Indian journal of veterinary science and animal husbandry - Volume 13,
Year: 1943
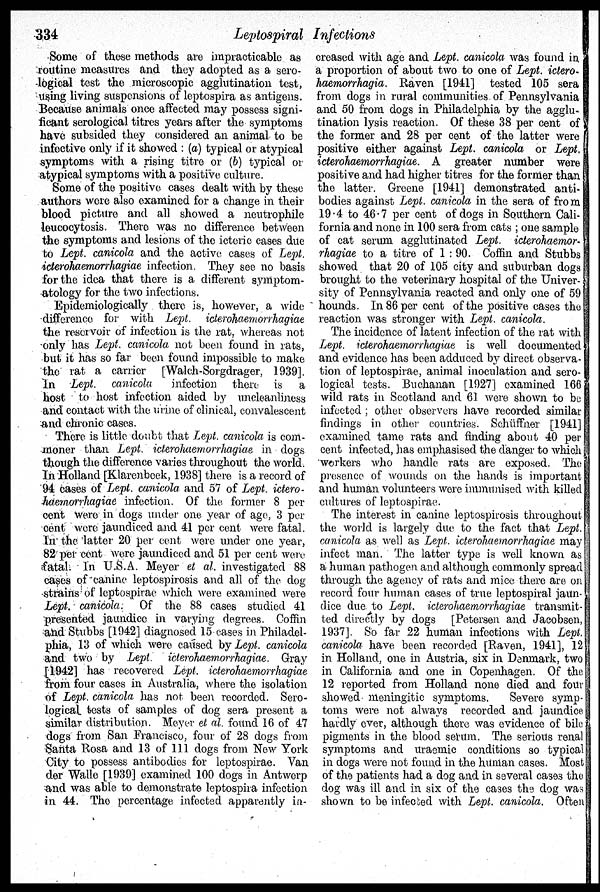
334
Leptospiral Infections
Some of these methods are impracticable as
routine measures and they adopted as a sero-
logical test the microscopic agglutination test,
using living suspensions of leptospira as antigens.
Because animals once affected may possess signi-
ficant serological titres years after the symptoms
have subsided they considered an animal to be
infective only if it showed: (a) typical or atypical
symptoms with a rising titre or (b) typical or
atypical symptoms with a positive culture.
Some of the positive cases dealt with by these
authors were also examined for a change in their
blood picture and all showed a neutrophile
leucocytosis. There was no difference between
the symptoms and lesions of the icteric cases due
to Lept. canicola and the active cases of Lept.
icterohaemorrhagiae infection. They see no basis
for the idea that there is a different symptom-
atology for the two infections.
Epidemiologically there is, however, a wide
difference for with Lept. icterohaemorrhagiae
the reservoir of infection is the rat, whereas not
only has Lept. canicola not been found in rats,
but it has so far been found impossible to make
the rat a carrier [Walch-Sorgdrager, 1939].
In Lept. canicola
infection there is a
host to host infection aided by uncleanliness
and contact with the urine of clinical, convalescent
and chronic cases.
There is little doubt that Lept. canicola is com-
moner than Lept. icterohaemorrhagiae in dogs
though the difference varies throughout the world.
In Holland [Klarenbeek, 1938] there is a record of
94 cases of Lept. canicola and 57 of Lept. ictero-
haemorrhagiae infection. Of the former 8 per
cent were in dogs under one year of age, 3 per
cent were jaundiced and 41 per cent were fatal.
In the latter 20 per cent were under one year,
82 per cent were jaundiced and 51 per cent were
fatal. In U.S.A. Meyer et al. investigated 88
cases of canine leptospirosis and all of the dog
strains of leptospirae which were examined were
Lept. canicola. Of the 88 cases studied 41
presented jaundice in varying degrees. Coffin
and Stubbs [1942] diagnosed 15 cases in Philadel-
phia, 13 of which were caused by Lept. canicola
and two by Lept
icterohaemorrhagiae. Gray
[1942] has recovered Lept. icterohaemorrhagiae
from four cases in Australia, where the isolation
of Lept. canicola has not been recorded. Sero-
logical tests of samples of dog sera present a
similar distribution. Meyer et al. found 16 of 47
dogs from San Francisco, four of 28 dogs from
Santa Rosa and 13 of 111 dogs from New York
City to possess antibodies for leptospirae. Van
der Walle [1939] examined 100 dogs in Antwerp
and was able to demonstrate leptospira infection
in 44. The percentage infected apparently in-
creased with age and Lept. canicola was found in
a proportion of about two to one of Lept. ictero-
haemorrhagia. Raven [1941] tested 105 sera
from dogs in rural communities of Pennsylvania
and 50 from dogs in Philadelphia by the agglu-
tination lysis reaction. Of these 38 per cent of
the former and 28 per cent of the latter were
positive either against Lept. canicola or Lept.
icterohaemorrhagiae. A greater number were
positive and had higher titres for the former than
the latter. Greene [1941] demonstrated anti-
bodies against Lept. canicola in the sera of from
19.4 to 46.7 per cent of dogs in Southern Cali-
fornia and none in 100 sera from cats; one sample
of cat serum agglutinated Lept. icterohaemor-
rhagiae to a titre of 1 : 90. Coffin and Stubbs
showed that 20 of 105 city and suburban dogs
brought to the veterinary hospital of the Univer-
sity of Pennsylvania reacted and only one of 59
hounds. In 86 per cent of the positive cases the
reaction was stronger with Lept. canicola.
The incidence of latent infection of the rat with
Lept. icterohaemorrhagiae is well documented
and evidence has been adduced by direct observa-
tion of leptospirae, animal inoculation and sero-
logical tests. Buchanan [1927] examined 166
wild rats in Scotland and 61 were shown to be
infected; other observers have recorded similar
findings in other countries. Schüffner [1941]
examined tame rats and finding about 40 per
cent infected, has emphasised the danger to which
workers who handle rats are exposed. The
presence of wounds on the hands is important
and human volunteers were immunised with killed
cultures of leptospirae.
The interest in canine leptospirosis throughout
the world is largely due to the fact that Lept.
canicola as well as Lept. icterohaemorrhagiae may
infect man. The latter type is well known as
a human pathogen and although commonly spread
through the agency of rats and mice there are on
record four human cases of true leptospiral jaun-
dice due to Lept. icterohaemorrhagiae transmit-
ted directly by dogs [Petersen and Jacobsen,
1937]. So far 22 human infections with Lept.
canicola have been recorded [Raven, 1941], 12
in Holland, one in Austria, six in Denmark, two
in California and one in Copenhagen. Of the
12 reported from Holland none died and four
showed meningitic symptoms.
Severe symp-
toms were not always recorded and jaundice
hardly ever, although there was evidence of bile
pigments in the blood serum. The serious renal
symptoms and uraemic conditions so typical
in dogs were not found in the human cases. Most
of the patients had a dog and in several cases the
dog was ill and in six of the cases the dog was
shown to be infected with Lept. canicola. Often